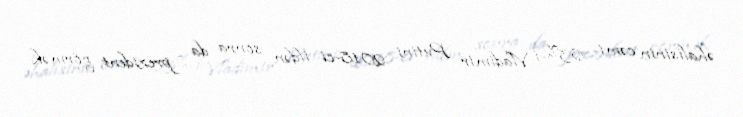
əhalisinin cəmi 63%-i Vladimir Putini 2018-ci ildən sonra da prezident görmək